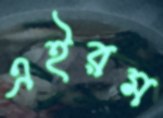
এইরম